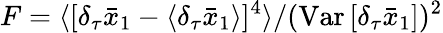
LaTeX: F=\langle[\delta_{\tau}\bar{x}_{1}-\langle\delta_{\tau}\bar{x}_{1}\rangle]^{4}\rangle/(\mathrm{Var}\, [\delta_{\tau}\bar{x}_{1}])^{2}